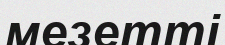
мезетті